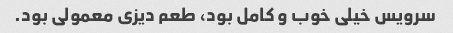
سرویس خیلی خوب و کامل بود، طعم دیزی معمولی بود.